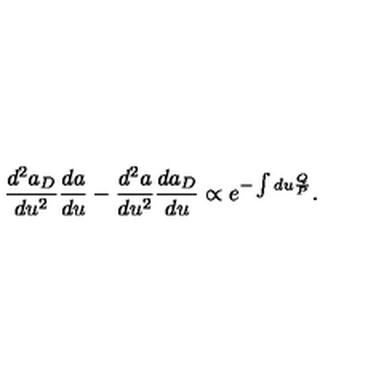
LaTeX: \frac { d ^ { 2 } a _ { D } } { d u ^ { 2 } } \frac { d a } { d u } - \frac { d ^ { 2 } a } { d u ^ { 2 } } \frac { d a _ { D } } { d u } \propto e ^ { - \int d u \frac { Q } { P } } .